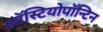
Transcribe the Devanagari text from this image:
ऑस्टियोपॉन्टिन